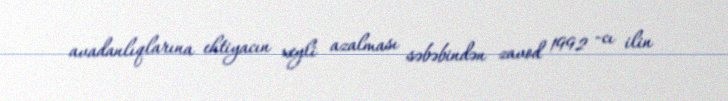
avadanlıqlarına ehtiyacın xeyli azalması səbəbindən zavod 1992 -cı ilin